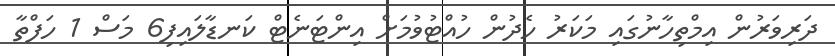
ދަރިވަރުން އިމްތިހާނުގައި މަކަރު ހެދުން ހުއްޓުވުމަށް އިންޓަނެޓް ކަނޑާލައިފި6 މަސް 1 ހަފްތާ